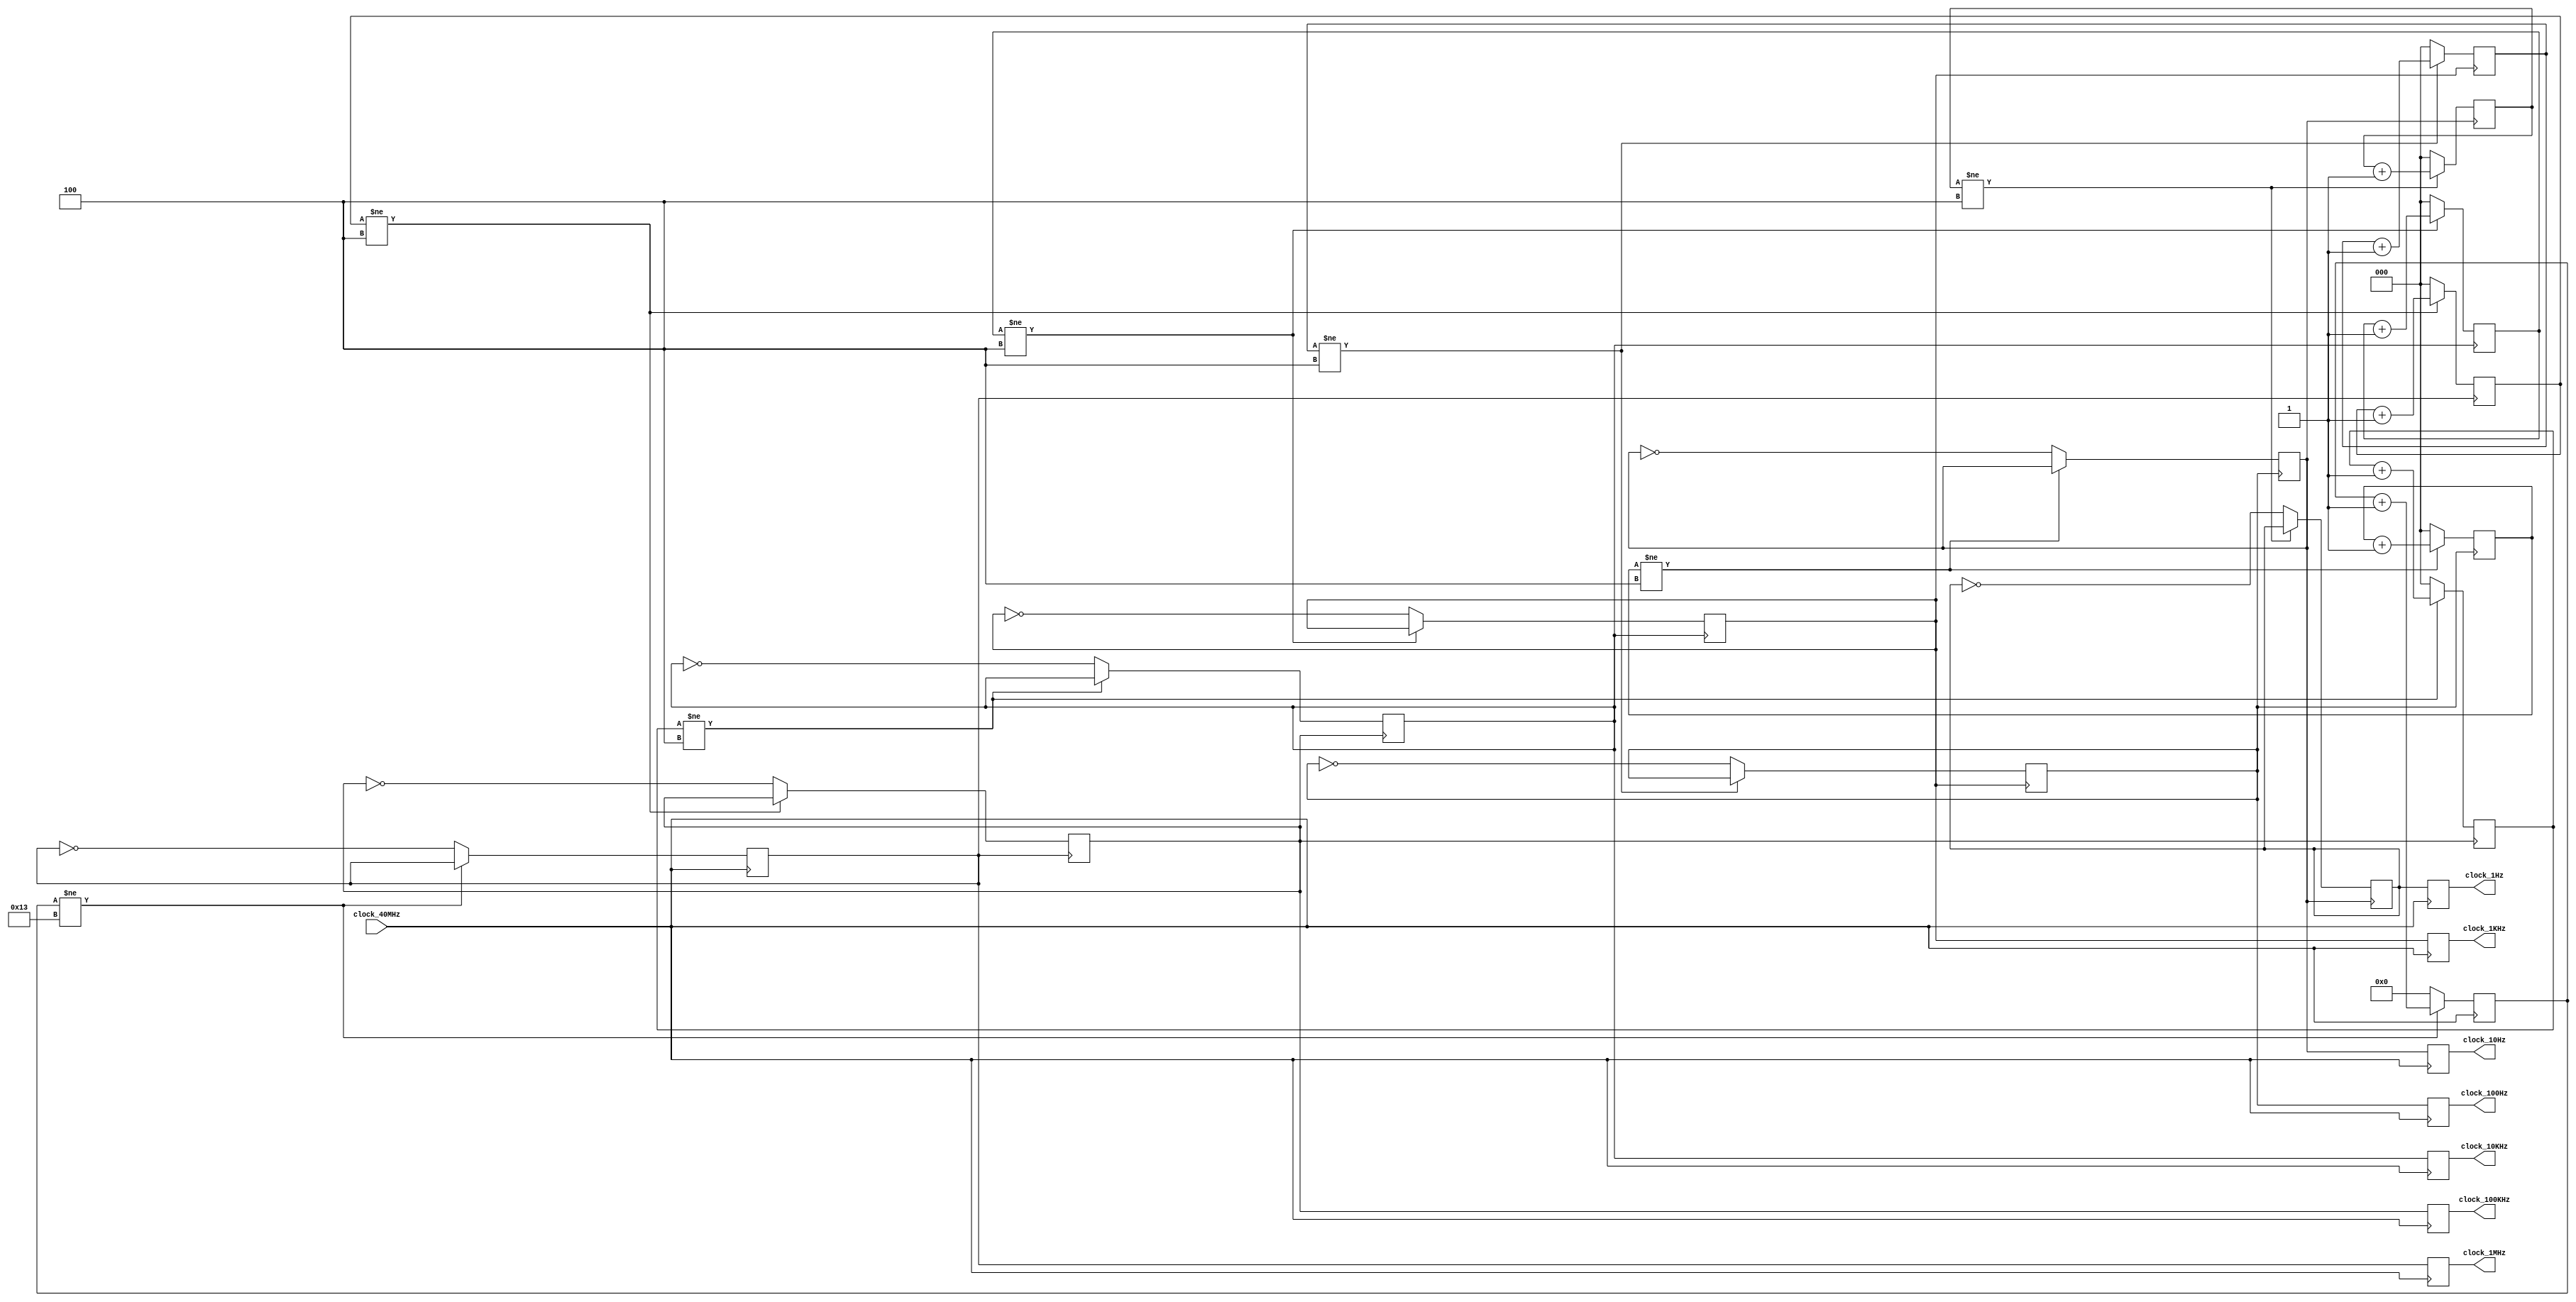
// clock divider
module clk_div (clock_40MHz, clock_1MHz, clock_100KHz, clock_10KHz, clock_1KHz, clock_100Hz, clock_10Hz, clock_1Hz);
  
   input clock_40MHz;
   output clock_1MHz,clock_100KHz,clock_10KHz,clock_1KHz,clock_100Hz,clock_10Hz,clock_1Hz;
   reg clock_1MHz,clock_100KHz,clock_10KHz,clock_1KHz,clock_100Hz,clock_10Hz,clock_1Hz;

   reg[4:0] count_1MHz; 
   reg[2:0] count_100KHz,count_10KHz,count_1KHz,count_100Hz,count_10Hz,count_1Hz; 
   reg clock_1MHz_int,clock_100KHz_int,clock_10KHz_int,clock_1KHz_int,clock_100Hz_int,clock_10Hz_int,clock_1Hz_int; 
   // Generate 1Mhz clock
   always @(posedge clock_40MHz)
   begin 
      if (count_1MHz !=19)
         count_1MHz <= count_1MHz + 1 ; 
      else
      begin
         count_1MHz <= 4'b0000 ; 
         clock_1MHz_int <= ~clock_1MHz_int ; 
      end 
      // Ripple clocks are used in this code to save prescalar hardware
      // Sync all clock prescalar outputs back to master clock signal
      clock_1MHz <= clock_1MHz_int ; 
      clock_100KHz <= clock_100KHz_int ; 
      clock_10KHz <= clock_10KHz_int ; 
      clock_1KHz <= clock_1KHz_int ; 
      clock_100Hz <= clock_100Hz_int ; 
      clock_10Hz <= clock_10Hz_int ; 
      clock_1Hz <= clock_1Hz_int ; 
   end 
   // Generate 100Khz clock
   always @(posedge clock_1MHz_int)
   begin 
      if (count_100KHz != 4)
         count_100KHz <= count_100KHz + 1 ; 
      else
      begin
         count_100KHz <= 3'b000 ; 
         clock_100KHz_int <= ~clock_100KHz_int ; 
      end 
   end
   // Generate 10Khz clock 
   always @(posedge clock_100KHz_int)
   begin 
      if (count_10KHz != 4)
         count_10KHz <= count_10KHz + 1 ; 
      else
      begin
         count_10KHz <= 3'b000 ; 
         clock_10KHz_int <= ~clock_10KHz_int ; 
      end 
   end 
   // Generate 1Khz clock
   always @(posedge clock_10KHz_int)
   begin
      if (count_1KHz != 4)
         count_1KHz <= count_1KHz + 1 ; 
      else
      begin
         count_1KHz <= 3'b000 ; 
         clock_1KHz_int <= ~clock_1KHz_int ; 
      end 
   end 
   // Generate 100Hz clock
   always @(posedge clock_1KHz_int)  
   begin
      if (count_100Hz != 4)
         count_100Hz <= count_100Hz + 1 ; 
      else
      begin
         count_100Hz <= 3'b000 ; 
         clock_100Hz_int <= ~clock_100Hz_int ; 
      end 
   end 
   // Generate 10Hz clock
   always @(posedge clock_100Hz_int)
   begin
      if (count_10Hz != 4)
         count_10Hz <= count_10Hz + 1 ; 
      else
      begin
         count_10Hz <= 3'b000 ; 
         clock_10Hz_int <= ~clock_10Hz_int ; 
      end 
   end 
   // Generate 1Hz clock
   always @(posedge clock_10Hz_int)
   begin
      if (count_1Hz != 4)
         count_1Hz <= count_1Hz + 1 ; 
      else
      begin
         count_1Hz <= 3'b000 ; 
         clock_1Hz_int <= ~clock_1Hz_int ; 
      end 
   end 
endmodule